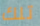
تلك